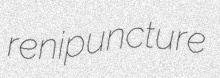
renipuncture